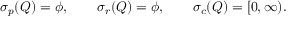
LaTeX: \sigma _ { p } ( Q ) = \phi , \qquad \sigma _ { r } ( Q ) = \phi , \qquad \sigma _ { c } ( Q ) = [ 0 , \infty ) .